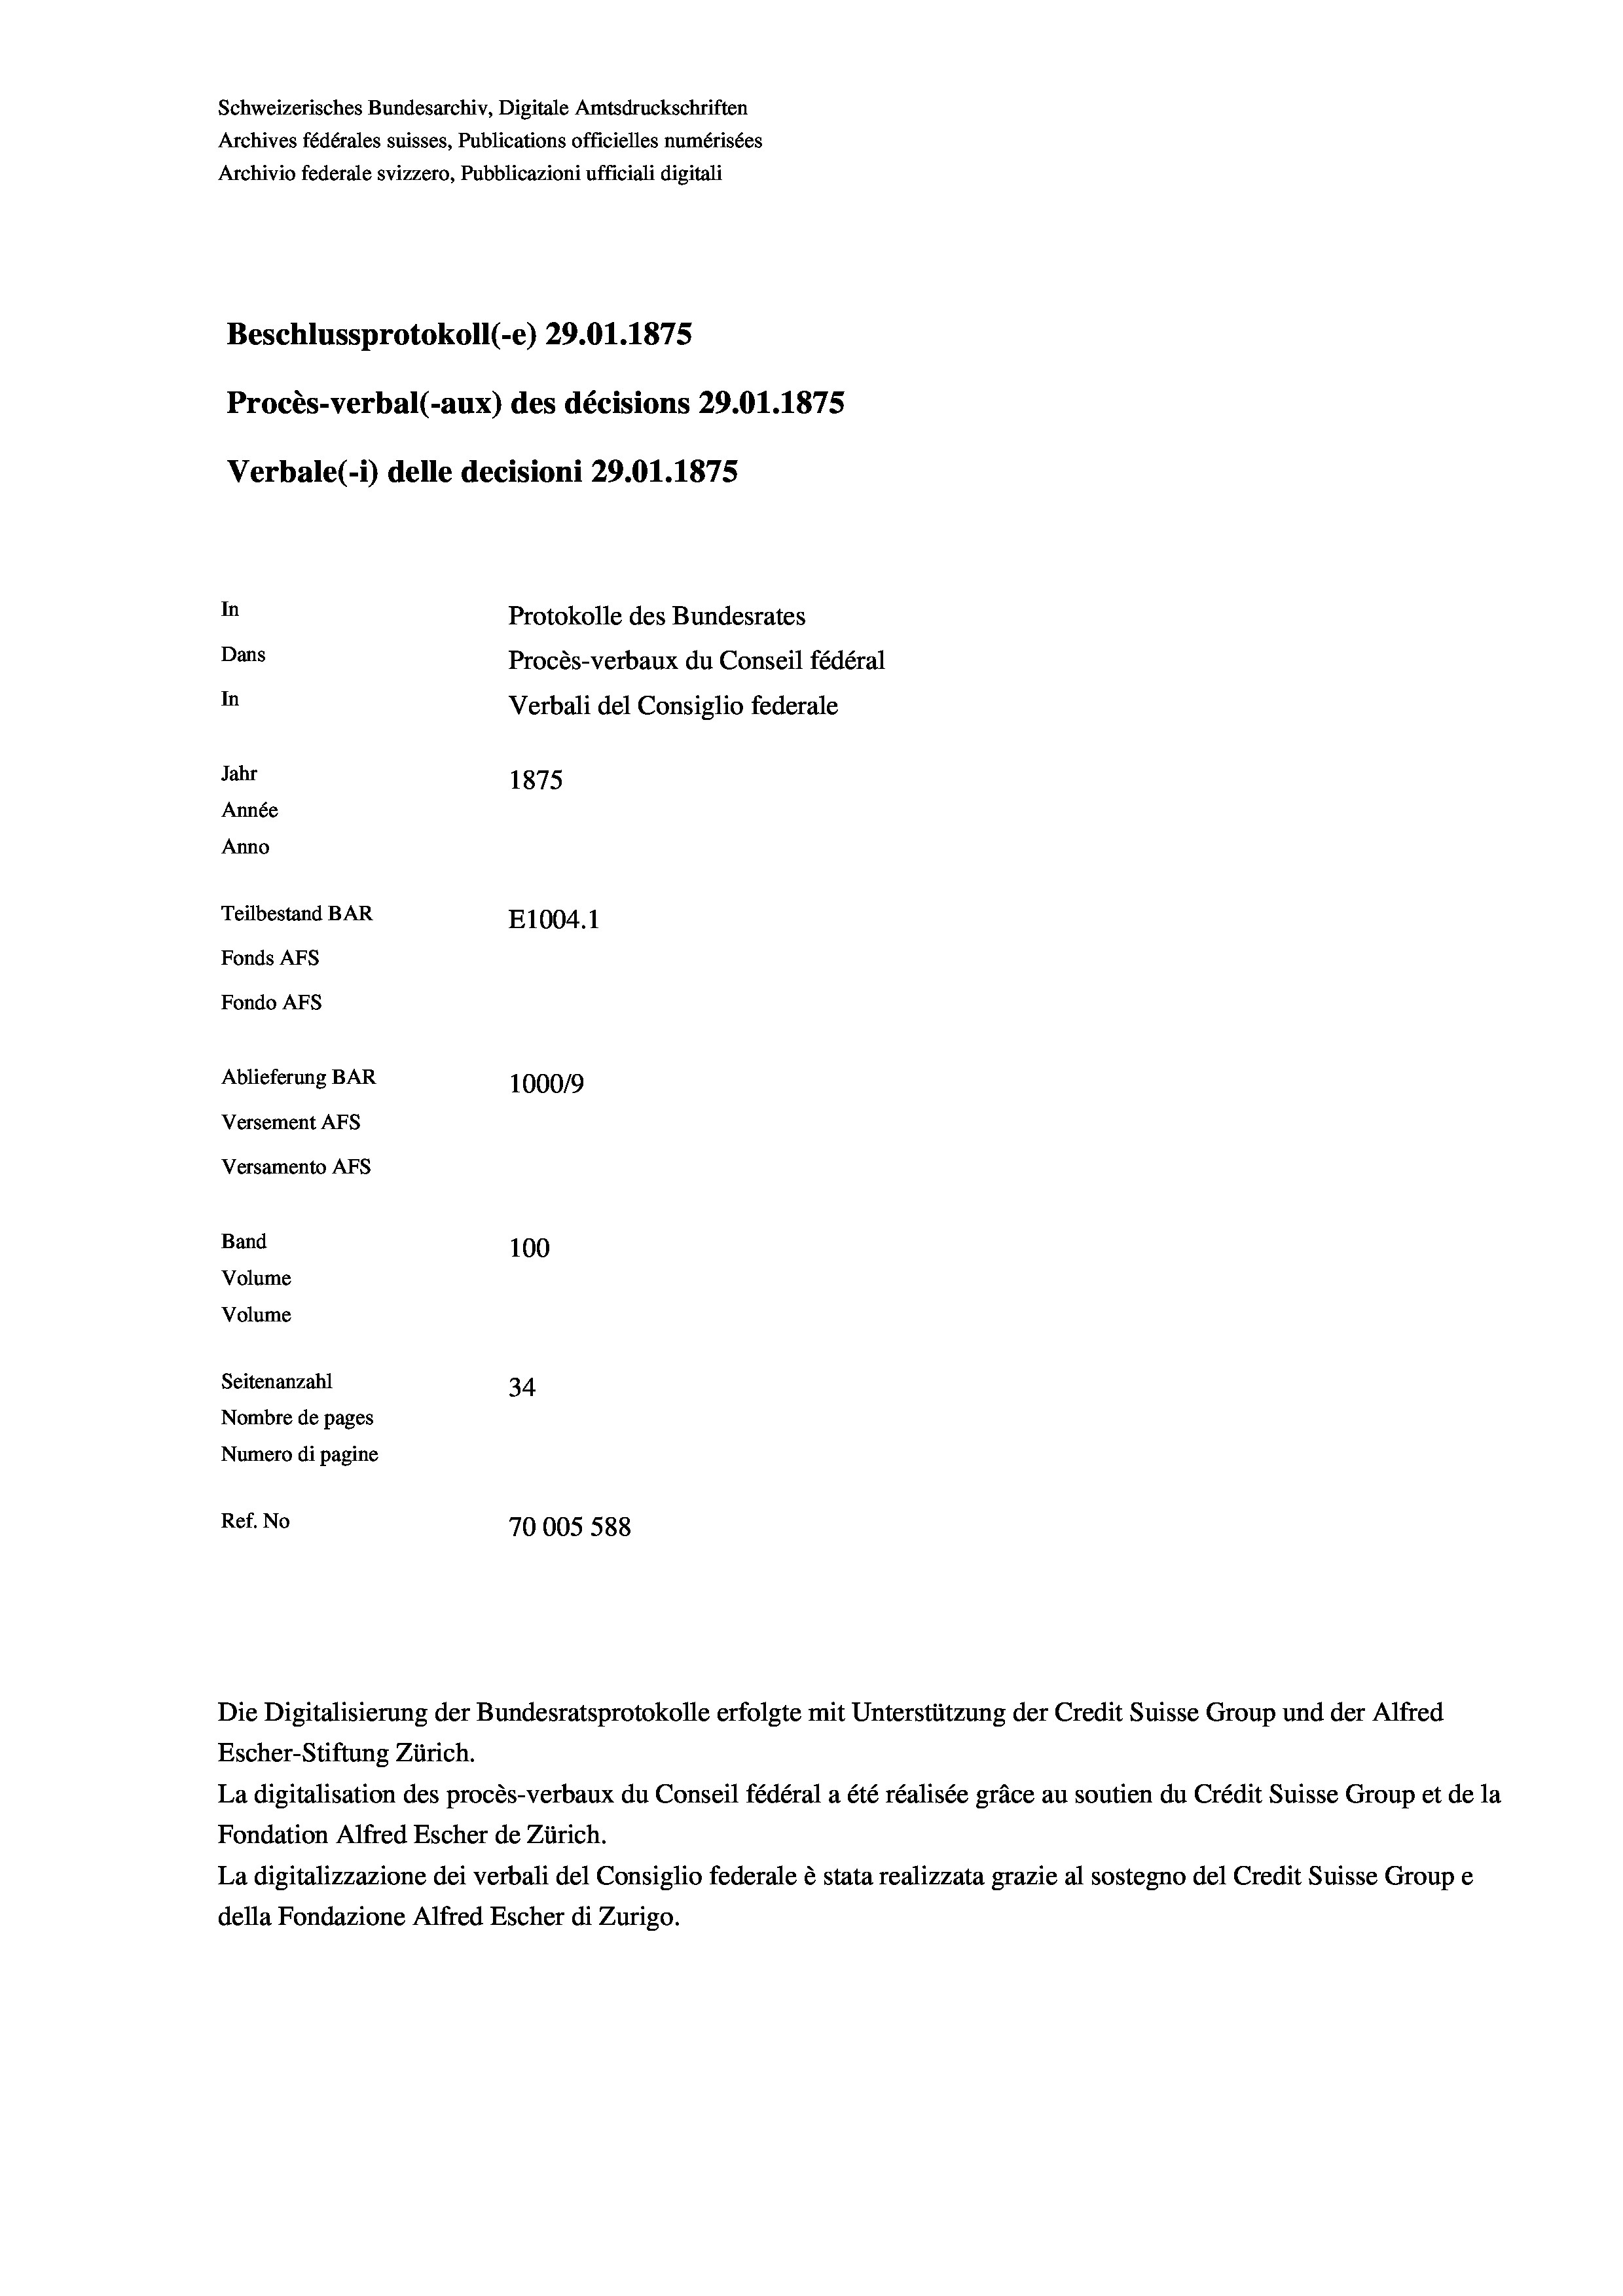
Schweizerisches Bundesarchiv, Digitale Amtsdruckschriften
Archives fédérales suisses, Publications officielles numérisées
Archivio federale svizzero, Pubblicazioni ufficiali digitali
Beschlussprotokoll (-e) 29.01.1875
Procès-verbal (-aux) des décisions 29.01.1875
Verbale (1) delle decisioni 29.01. 1875
In
Protokolle des Bundesrates
Dans
Procès-verbaux du Conseil fédéral
In
Verbali del Consiglio federale
Jahr
1875
Année
Anno
Teilbestand BAR
E1004. 1
Fonds AFs
Fondo AFs
Ablieferung BAR
1000/9
Versement Abs
Versamento AFs
Band
100
Volume
Volume

Seitenanzahl
34
Nombre de pages
Numero di pagine
Ref. No
70005 588

Die Digitalisierung der Bundesratsprotokolle erfolgte mit Unterstützung der Credit Suisse Group und der Alfred
Escher-Stiftung Zürich.
La digitalisation des procès-verbaux du Conseil fédéral a été réalisée gräce au soutien du Crédit Suisse Group et de la
Fondation Alfred Escher de Zürich.
La digitalizzazione dei verbali del Consiglio federale è stata realizzata grazie al sostegno del Credit Suisse Groupe
della Fondazione Alfred Escher di Zurigo.